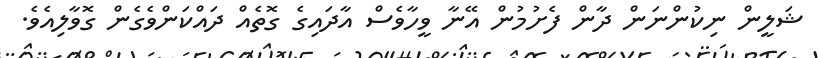
ޝަލީން ނިކުންނަން ދާން ފެށުމުން އޭނާ ވީހާވެސް އާދައިގެ ގޮތެއް ދައްކަންވެގެން ގޮވާލިއެވެ.